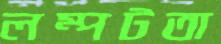
লম্পটতা